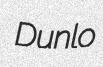
Dunlo